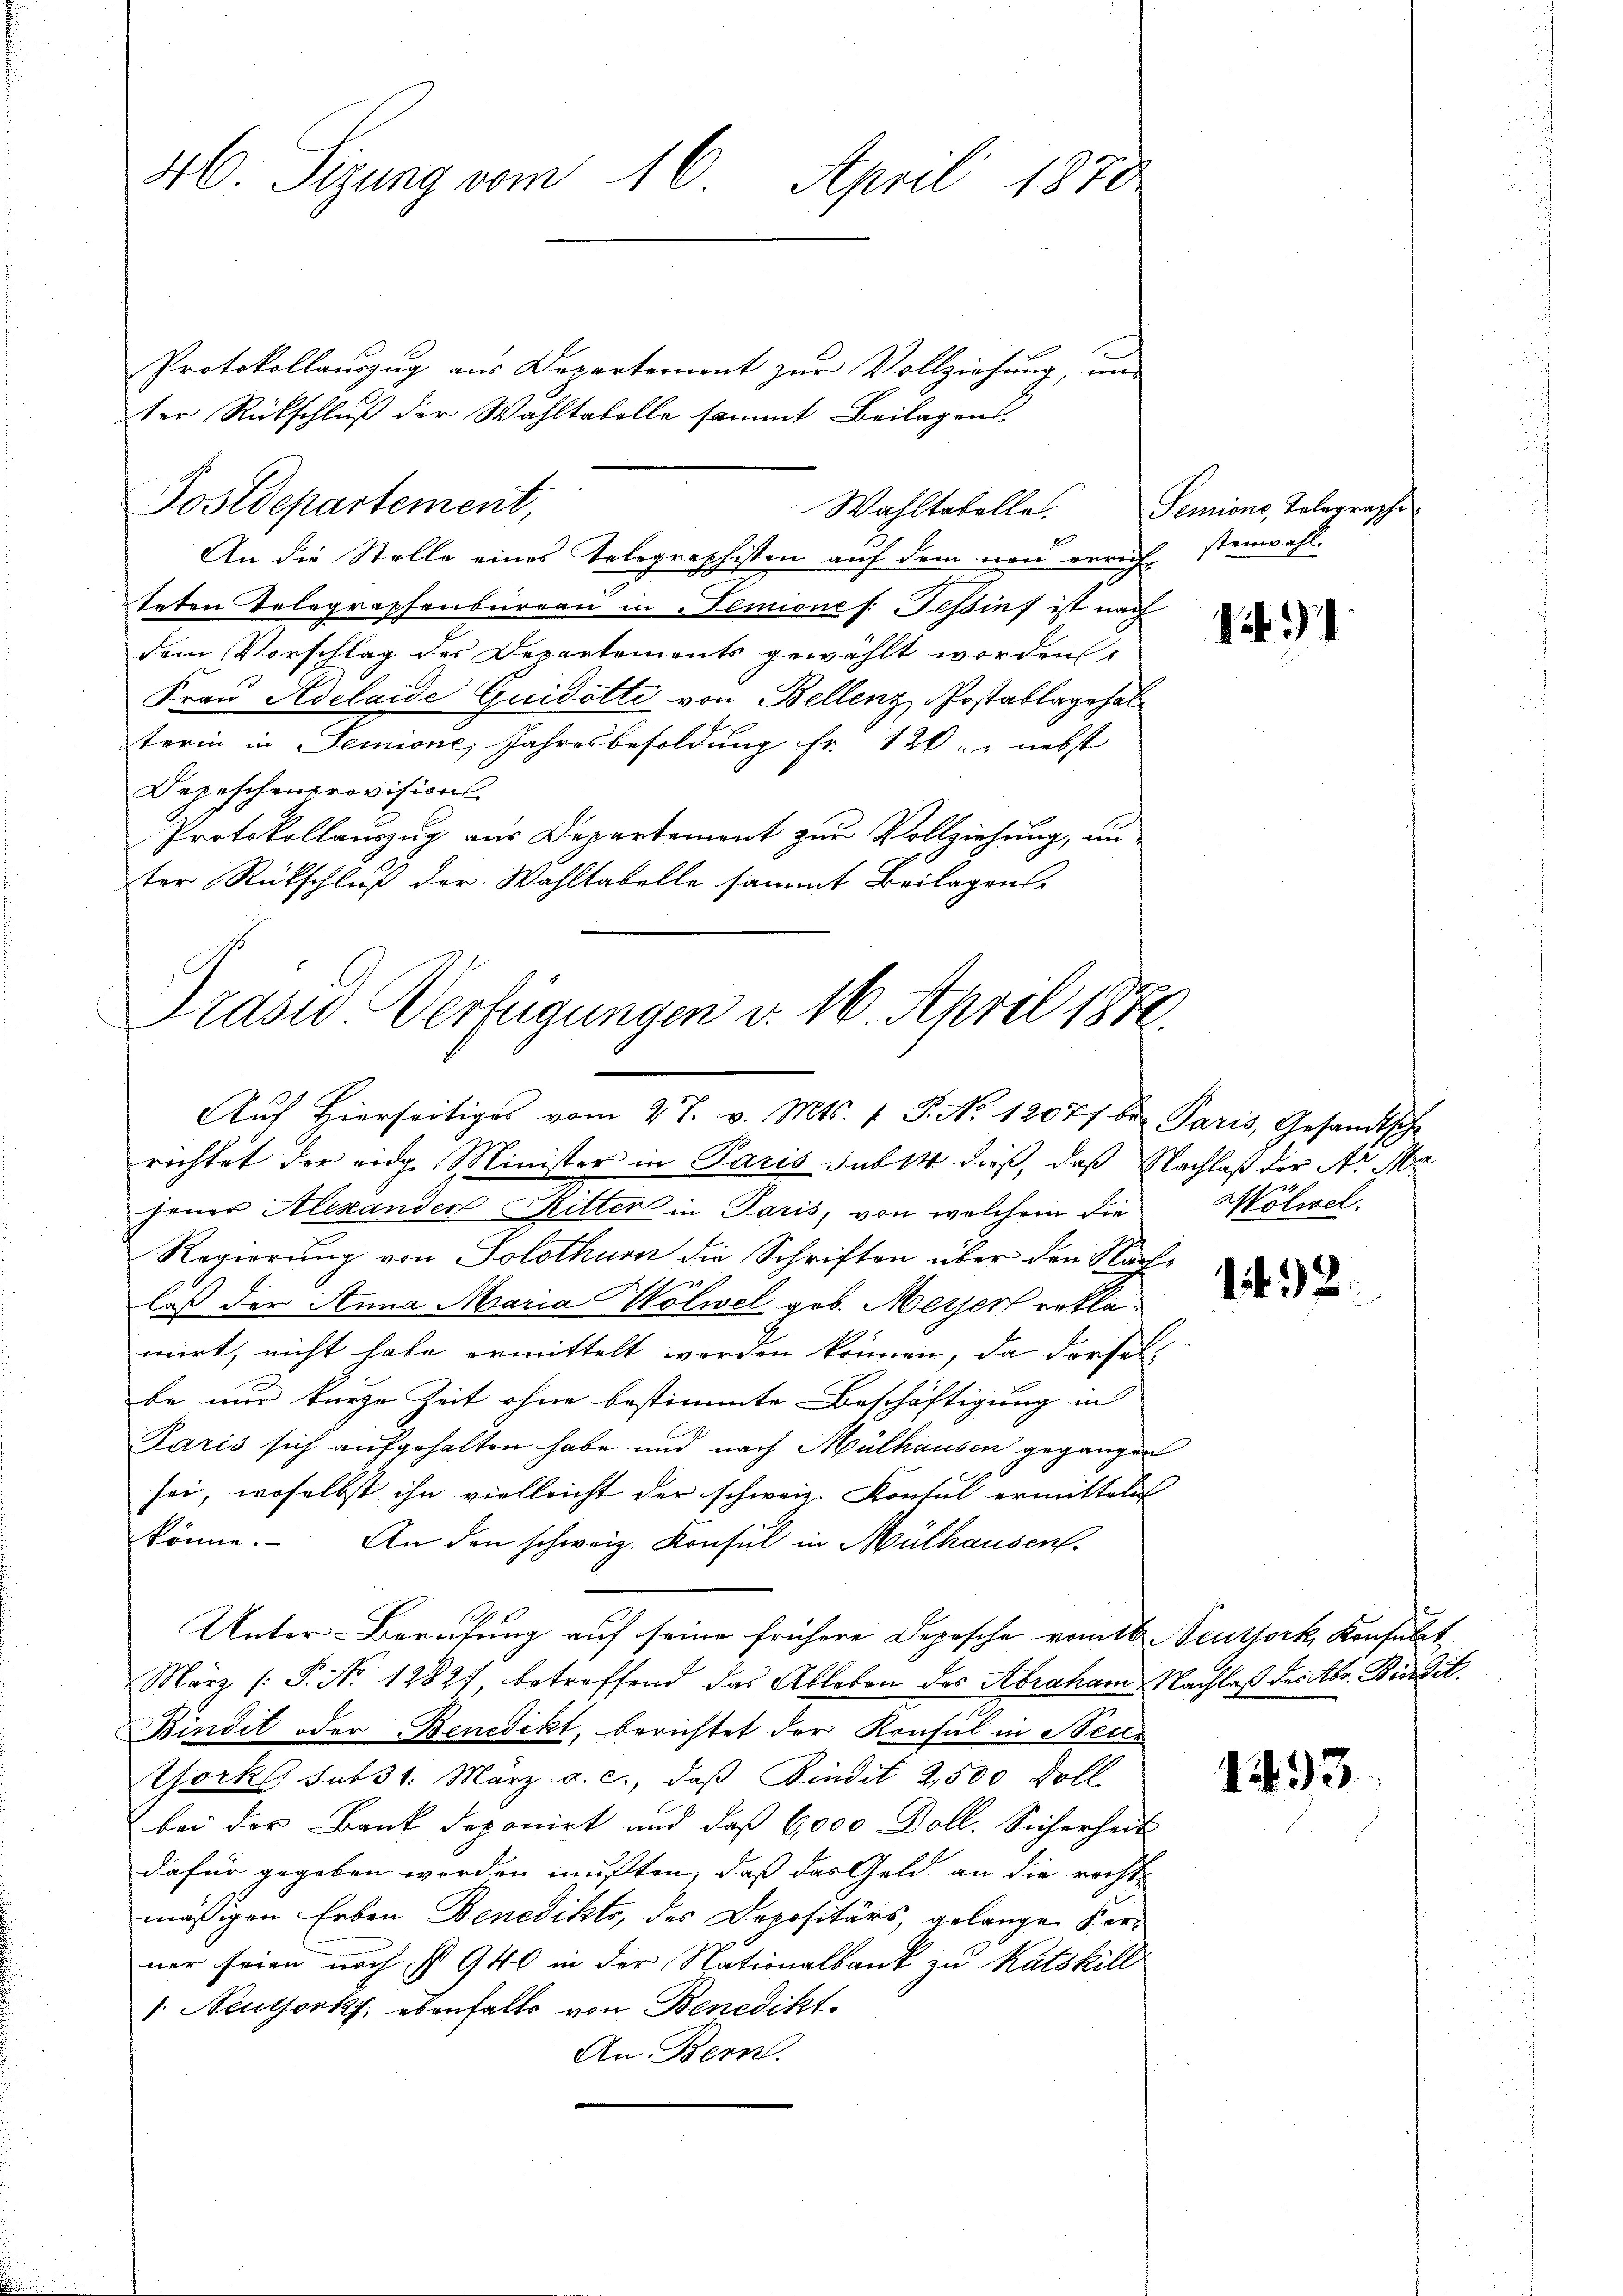
46. Sizung vom 16. April 1870

Protokollauszug aus Departemont zur Vollziehung, un
ter Rückschluß der Wahltabelle sammt Beilagens
Postdepartement,
An die Stelle eines Telegraphisten auf dem neu erreichstenwahl.
teten Telegraphenburgau in Temione /: Tessins ist nach
dem Vorschlag des Departements gewählt worden,
Frau Adelaide Guidotti von Bellenz, Postablagehal
terin in Temione, Jahresbesoldung fr. 120 " nebst
Depeschenprovisions
Protokollauszug aus Departement zur Vollziehung, un
ter Rückschluß der Wahltabelle sammt Beilagens¬

Präsid. Verfügungen d. 16. April 1872.
Aŭf Hierseitiges vom 27. v. Mts. 1. P. Nr. 12077 be Paris, Gesandtsche

richtet der eige Minister in Paris sub 14 dieß, daß Nachlaß der Nr. Ma
jener Alexander Ritter in Paris, von welchem die
Regierung von Solothurn die Schriften über den Nachlaß der Anna Maria Wölwel geb. Meyers reklamirt, nicht habe ermittelt werden können, da dersel
be nur kurze Zeit ohne bestimmte Beschäftigung in
Paris sich aufgehalten habe und nach Mülhausen gegangen
sei, woselbst ihn vielleicht der schweiz. Konsul ermitteln
könne. An den schweiz. Konsul in Mülhausent.
Unter Berufung auf seine frühere Depesche vom 16. Neuthork Konsult
März [P. No 1282), betreffend das Ableben des Abraham Nachlaß des Abr. Büdit.
Bindet oder Benedikt, berichtet der Konsul in Neis
orkl sub 31. März a. c., daß Findit 2,500 Doll
bei der Bank deponirt und daß 6,000 Doll. Sicherheit
dafür gegeben werden mußten, daß das Geld an die recht
mäßigen Erben Benedikts, des Depositärs, gelangen Kerner seien noch § 940 in der Nationalbank zu Ratskill
: Neuthork, ebenfalls von Benedikt
An Bern.

Wahltatelle. Semions, Telegraphi

191

Mölwel.

1492

1493